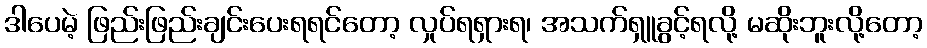
ဒါပေမဲ့ ဖြည်းဖြည်းချင်းပေးရရင်တော့ လှုပ်ရရှားရ၊ အသက်ရှူခွင့်ရလို့ မဆိုးဘူးလို့တော့